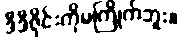
ဒီဒီဇိုင်းကိုမကြိုက်ဘူး။